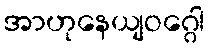
အာဟုနေယျဝဂ္ဂေါ